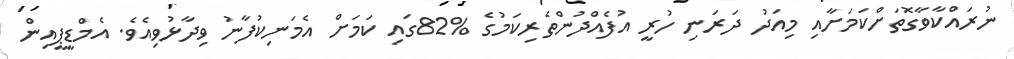
ނުރައްކާވާގޮތަށްކަމަށާއި މިއަދު ދަރަނި ހުރީ އުފެއްދުންތެރިކަމުގެ %82ގައި ކަމަށް އެމަނިކުފާނު ވިދާޅުވިއެވެ. އެމްޑީޕީއިން